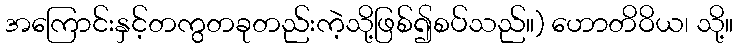
အကြောင်းနှင့်တကွတခုတည်းကဲ့သို့ဖြစ်၍စပ်သည်။) ဟောတိဝိယ၊ သို့။